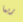
ربما